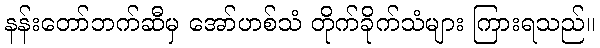
နန်းတော်ဘက်ဆီမှ အော်ဟစ်သံ တိုက်ခိုက်သံများ ကြားရသည်။